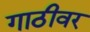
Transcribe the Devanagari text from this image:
गाठीवर